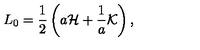
L _ { 0 } = { \frac { 1 } { 2 } } \left( a { \cal H } + { \frac { 1 } { a } } { \cal K } \right) ,